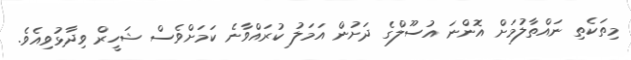
މިތަކެތި ނައްތާލުމަށް އޮންނަ އުސޫލްގެ ދަށުން އަމަލު ކުރައްވާނެ ކަމަށްވެސް ޝަހީރް ވިދާޅުވިއެވެ.